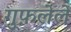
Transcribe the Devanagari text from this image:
गुफ़लेले